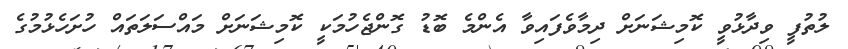
ލުތުފީ ވިދާޅުވީ ކޮމިޝަނަށް ދިމާވެފައިވާ އެންމެ ބޮޑު ގޮންޖެހުމަކީ ކޮމިޝަނަށް މައްސަލަތައް ހުށަހެޅުމުގެ